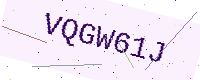
Text: VQGW61J